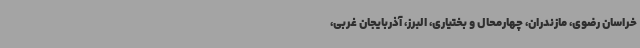
خراسان رضوی، مازندران، چهارمحال و بختیاری، البرز، آذربایجان غربی،